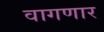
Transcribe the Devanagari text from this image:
वागणार